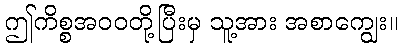
ဤကိစ္စအဝဝတို့ပြီးမှ သူ့အား အစာကျွေး။